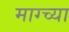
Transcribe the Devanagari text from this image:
माग्च्या